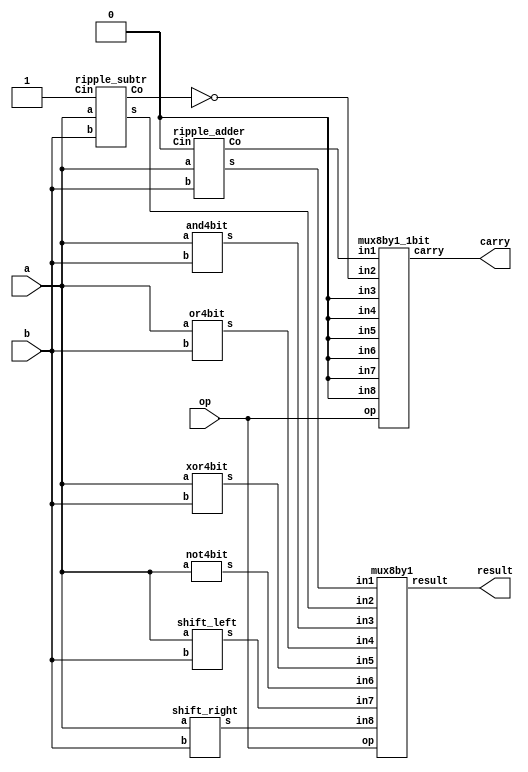
module alu(a,b,op,result,carry);

	input	[3:0]a;
	input	[3:0]b;
	input	[2:0]op;

	output [3:0]result;
	output carry;

	wire wire_carry1;
	wire wire_carry2;	
	wire wire_carry3;
	
	assign wire_carry3 = ~wire_carry2;
	
	wire [3:0]wire_in1;
	wire [3:0]wire_in2;
	wire [3:0]wire_in3;
	wire [3:0]wire_in4;
	wire [3:0]wire_in5;
	wire [3:0]wire_in6;
	wire [3:0]wire_in7;
	wire [3:0]wire_in8;

	ripple_adder 	add_t1 	(.a(a), .b(b), .s(wire_in1), .Co(wire_carry1), .Cin(1'b0));
	ripple_subtr 	sub_t2 	(.a(a), .b(b), .s(wire_in2), .Co(wire_carry2), .Cin(1'b1));
	and4bit 	and_t3 	(.a(a), .b(b), .s(wire_in3));
	or4bit 		or_t4 	(.a(a), .b(b), .s(wire_in4));
	xor4bit 	xor_t5 	(.a(a), .b(b), .s(wire_in5));
	not4bit 	not_t6 	(.a(a), .s(wire_in6));
	shift_left 	left_t7	(.a(a), .b(b), .s(wire_in7));
	shift_right 	right_t8 (.a(a), .b(b), .s(wire_in8));
	mux8by1 mux_t9 (	
							.in1(wire_in1),
							.in2(wire_in2), 
							.in3(wire_in3), 
							.in4(wire_in4), 
							.in5(wire_in5),
							.in6(wire_in6),
							.in7(wire_in7),
							.in8(wire_in8),
							.op(op),
							.result(result)
							);
	mux8by1_1bit mux_t10 (	
							.in1(wire_carry1),
							.in2(wire_carry3), 
							.in3(1'b0), 
							.in4(1'b0), 
							.in5(1'b0),
							.in6(1'b0),
							.in7(1'b0),
							.in8(1'b0),
							.op(op),
							.carry(carry)
							);
endmodule 

////////////////  mux8by1 - 4bit  ///////////////////////////////////
module mux8by1 (in1,in2,in3,in4,in5,in6,in7,in8,op,result);

	input [3:0]in1;
	input [3:0]in2;
	input [3:0]in3;
	input [3:0]in4;
	input [3:0]in5;
	input [3:0]in6;
	input [3:0]in7;
	input [3:0]in8;
	input [2:0]op;
	output [3:0]result;

	wire [3:0]w_mux1_1;
	wire [3:0]w_mux1_2;
	wire [3:0]w_mux1_3;
	wire [3:0]w_mux1_4;
	wire [3:0]w_mux2_1;
	wire [3:0]w_mux2_2;

	mux2by1_4bit mux1_1(.in1(in1), .in2(in2), .op(op[0]), .result(w_mux1_1));
	mux2by1_4bit mux1_2(.in1(in3), .in2(in4), .op(op[0]), .result(w_mux1_2));
	mux2by1_4bit mux1_3(.in1(in5), .in2(in6), .op(op[0]), .result(w_mux1_3));
	mux2by1_4bit mux1_4(.in1(in7), .in2(in8), .op(op[0]), .result(w_mux1_4));
	mux2by1_4bit mux2_1(.in1(w_mux1_1), .in2(w_mux1_2), .op(op[1]), .result(w_mux2_1));
	mux2by1_4bit mux2_2(.in1(w_mux1_3), .in2(w_mux1_4), .op(op[1]), .result(w_mux2_2));
	mux2by1_4bit mux3_1(.in1(w_mux2_1), .in2(w_mux2_2), .op(op[2]), .result(result));

endmodule 

///////////////// mux8by1 - 1bit   //////////////////////////
module mux8by1_1bit (in1,in2,in3,in4,in5,in6,in7,in8,op,carry);

	input in1;
	input in2;
	input in3;
	input in4;
	input in5;
	input in6;
	input in7;
	input in8;
	input [2:0]op;
	output carry;

	wire w_mux1_1;
	wire w_mux1_2;
	wire w_mux1_3;
	wire w_mux1_4;
	wire w_mux2_1;
	wire w_mux2_2;

	mux2by1 mux1_1(.in1(in1), .in2(in2), .op(op[0]), .result(w_mux1_1));
	mux2by1 mux1_2(.in1(in3), .in2(in4), .op(op[0]), .result(w_mux1_2));
	mux2by1 mux1_3(.in1(in5), .in2(in6), .op(op[0]), .result(w_mux1_3));
	mux2by1 mux1_4(.in1(in7), .in2(in8), .op(op[0]), .result(w_mux1_4));
	mux2by1 mux2_1(.in1(w_mux1_1), .in2(w_mux1_2), .op(op[1]), .result(w_mux2_1));
	mux2by1 mux2_2(.in1(w_mux1_3), .in2(w_mux1_4), .op(op[1]), .result(w_mux2_2));
	mux2by1 mux3_1(.in1(w_mux2_1), .in2(w_mux2_2), .op(op[2]), .result(carry));

endmodule 



////////////////     module mux2by1 - 4bit       ///////////////////
module mux2by1_4bit(in1, in2, op, result);
	input [3:0]in1;
   input [3:0]in2;
   input op;
   output [3:0]result;
	
   mux2by1 mux0(.in1(in1[0]), .in2(in2[0]), .op(op), .result(result[0]));
   mux2by1 mux1(.in1(in1[1]), .in2(in2[1]), .op(op), .result(result[1]));
   mux2by1 mux2(.in1(in1[2]), .in2(in2[2]), .op(op), .result(result[2]));
   mux2by1 mux3(.in1(in1[3]), .in2(in2[3]), .op(op), .result(result[3]));
endmodule

/////////////////    module mux2by1 - 1bit         ////////////
module mux2by1(in1,in2,op,result);
	input in1;
	input in2;
	input op;
	output result;

	wire w1,w2,w3;
  
	assign w1 = ~op;
	assign w2 = in1 & w1;
	assign w3 = in2 & op;
	assign result = w2 | w3;
endmodule 


/////////////// ripple_adder ////////////
module ripple_adder(a, b, s, Co, Cin);
	input [3:0] a, b;
	input Cin;
	output [3:0] s;
	output Co;

	wire w1,w2,w3;
 
	fulladder u1(.a(a[0]), .b(b[0]), .Ci(Cin), .s(s[0]), .Co(w1));
	fulladder u2(.a(a[1]), .b(b[1]), .Ci(w1), .s(s[1]), .Co(w2));
	fulladder u3(.a(a[2]), .b(b[2]), .Ci(w2), .s(s[2]), .Co(w3));
	fulladder u4(.a(a[3]), .b(b[3]), .Ci(w3), .s(s[3]), .Co(Co));
endmodule 

/////////////// ripple_subtractor ////////////
module ripple_subtr(a, b, s, Co, Cin);
	input [3:0] a, b;
	input Cin;
	output [3:0] s;
	output Co;
	
	wire [3:0]not_b;
	assign not_b = ~b;
	wire w1,w2,w3;
 
	fulladder u1(.a(a[0]), .b(not_b[0]), .Ci(Cin), .s(s[0]), .Co(w1));
	fulladder u2(.a(a[1]), .b(not_b[1]), .Ci(w1), .s(s[1]), .Co(w2));
	fulladder u3(.a(a[2]), .b(not_b[2]), .Ci(w2), .s(s[2]), .Co(w3));
	fulladder u4(.a(a[3]), .b(not_b[3]), .Ci(w3), .s(s[3]), .Co(Co));
endmodule 

/////////////// fulladder //////////////
module fulladder(a,b,Ci,s,Co);
	input a, b, Ci;
	output s, Co;
  
	assign s = a ^ b ^ Ci;
	assign Co = (a&b)|(a&Ci)|(b&Ci);
	
endmodule 

//////////// and 4bit   ////////////////
module and4bit(a,b,s);

input	[3:0]a,b;
output [3:0]s;

	and1bit and_u3(.a(a[3]), .b(b[3]), .s(s[3]));
	and1bit and_u2(.a(a[2]), .b(b[2]), .s(s[2]));
	and1bit and_u1(.a(a[1]), .b(b[1]), .s(s[1]));
	and1bit and_u0(.a(a[0]), .b(b[0]), .s(s[0]));

endmodule 
////////////// and 1bit
module and1bit(a,b,s);

	input a,b;
	output s;

	assign s = a & b;
	
endmodule 


////////////  or 4bit   ////////////////////
module or4bit(a,b,s);

	input	[3:0]a,b;
	output [3:0]s;

	or1bit or_u3(.a(a[3]), .b(b[3]), .s(s[3]));
	or1bit or_u2(.a(a[2]), .b(b[2]), .s(s[2]));
	or1bit or_u1(.a(a[1]), .b(b[1]), .s(s[1]));
	or1bit or_u0(.a(a[0]), .b(b[0]), .s(s[0]));

endmodule 

////////////   or1bit   /////////////////
module or1bit(a,b,s);

	input a,b;
	output s;

	assign s = a | b;

endmodule 

////////////// xor4bit   ///////////////////
module xor4bit(a,b,s);

	input	[3:0]a,b;
	output [3:0]s;

	xor1bit xor_u3(.a(a[3]), .b(b[3]), .s(s[3]));
	xor1bit xor_u2(.a(a[2]), .b(b[2]), .s(s[2]));
	xor1bit xor_u1(.a(a[1]), .b(b[1]), .s(s[1]));
	xor1bit xor_u0(.a(a[0]), .b(b[0]), .s(s[0]));

endmodule 

////////////   xor1bit   /////////////////
module xor1bit(a,b,s);

	input a,b;
	output s;

	assign s = ((~a) & b) | (a & (~b));

endmodule 

////////////// not4bit   ///////////////////
module not4bit(a,s);

	input	[3:0]a;
	output [3:0]s;

	not1bit not_u3(.a(a[3]), .s(s[3]));
	not1bit not_u2(.a(a[2]), .s(s[2]));
	not1bit not_u1(.a(a[1]), .s(s[1]));
	not1bit not_u0(.a(a[0]), .s(s[0]));

endmodule 

////////////   not1bit   /////////////////
module not1bit(a,s);

	input a;
	output s;

	assign s = ~a;

endmodule 

////////////// shift left bit - theo gia tri cua b   ///////////////////
module shift_left(a,b,s);

	input	[3:0]a,b;
	output [3:0]s;

	wire [3:0]wire_mux4_1;
	wire [3:0]wire_mux4_2;
	wire [3:0]wire_mux4_3;
	
	mux2by1_4bit mux4_1(.in1(a), .in2({a[2:0],1'b0}), .op(b[0]), .result(wire_mux4_1));
	mux2by1_4bit mux4_2(.in1(wire_mux4_1), .in2({wire_mux4_1[1:0],2'b00}), .op(b[1]), .result(wire_mux4_2));
	mux2by1_4bit mux4_3(.in1(wire_mux4_2), .in2(4'b0000), .op(b[2]), .result(wire_mux4_3));
	mux2by1_4bit mux4_4(.in1(wire_mux4_3), .in2(4'b0000), .op(b[3]), .result(s));

endmodule 


////////////// shift right b bit   ///////////////////
module shift_right(a,b,s);

	input	[3:0]a,b;
	output [3:0]s;

	wire [3:0]wire_mux4_1;
	wire [3:0]wire_mux4_2;
	wire [3:0]wire_mux4_3;
	
	mux2by1_4bit mux4_1(.in1(a), .in2({1'b0,a[3:1]}), .op(b[0]), .result(wire_mux4_1));
	mux2by1_4bit mux4_2(.in1(wire_mux4_1), .in2({2'b00,wire_mux4_1[3:2]}), .op(b[1]), .result(wire_mux4_2));
	mux2by1_4bit mux4_3(.in1(wire_mux4_2), .in2(4'b0000), .op(b[2]), .result(wire_mux4_3));
	mux2by1_4bit mux4_4(.in1(wire_mux4_3), .in2(4'b0000), .op(b[3]), .result(s));

endmodule